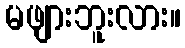
မဖျားဘူးလား။